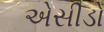
એસીડો